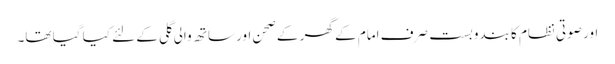
اور صوتی نظام کا بندوبست صرف امام کے گھر کے صحن اور ساتھ والی گلی کے لئے کیا گیا تھا۔